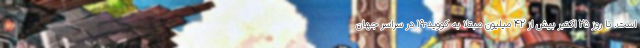
است. تا روز ۲۵ اکتبر بیش از ۴۲ میلیون مبتلا به کووید-۱۹ در سراسر جهان